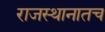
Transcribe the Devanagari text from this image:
राजस्थानातच